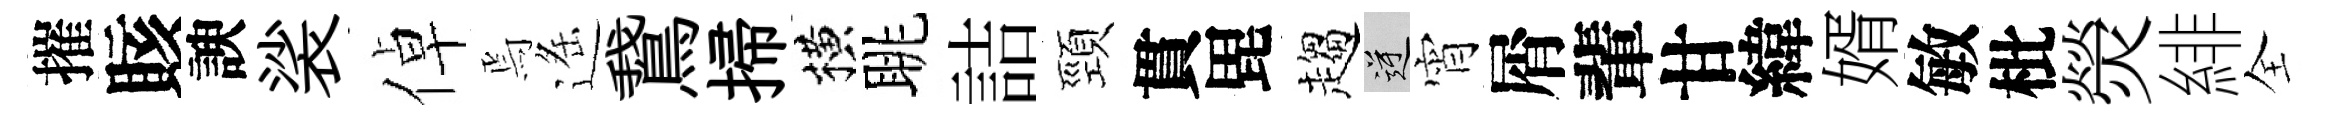
摧賅諛裟倬焉遥鵞掃横眺詰頸貫毘趨逆宵屑輩甘緯婿敏枇熒緋全